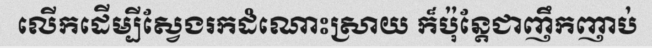
លើកដើម្បីស្វែងរកដំណោះស្រាយ ក៏ប៉ុន្តែជាញឹកញាប់